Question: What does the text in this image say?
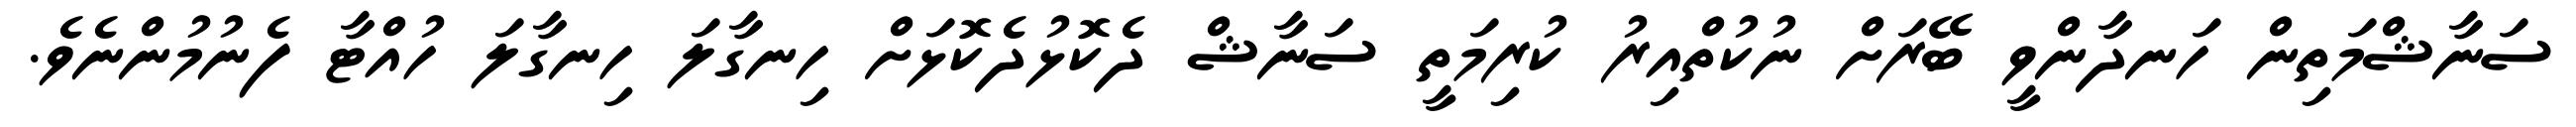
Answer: ސަނާޝްމަތިން ހަނދާންވީ ބޭރަށް ނުކުތްއިރު ކުރިމަތީ ސަނާޝް ދެކޮޅުދެކޮޅަށް ހިނގާލަ ހިނގާލަ ހުއްޓާ ފެނުމުންނެވެ.